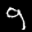
Label: 9